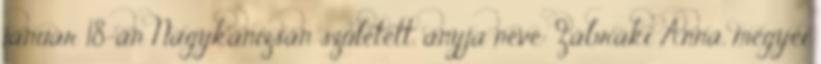
január 18-án Nagykanizsán született, anyja neve: Zábráki Anna, megyei